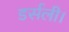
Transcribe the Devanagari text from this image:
डर्सली।